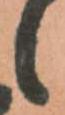
候